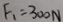
F _ { 1 } = 3 0 0 N